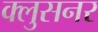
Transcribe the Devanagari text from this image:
क्लुसनर